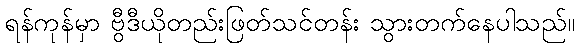
ရန်ကုန်မှာ ဗွီဒီယိုတည်းဖြတ်သင်တန်း သွားတက်နေပါသည်။